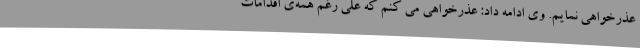
عذرخواهی نمایم. وی ادامه داد: عذرخواهی می کنم که علی رغم همه‌ی اقدامات